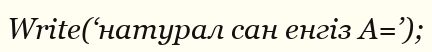
Write(‘натурал сан енгіз А=’);